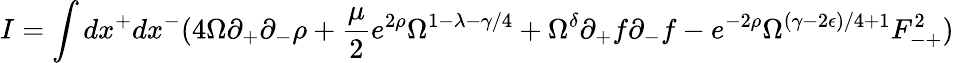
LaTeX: I=\int dx^{+}dx^{-}(4\Omega\partial_{+}\partial_{-}\rho+\frac{\mu}{2}e^{2\rho}\Omega^{1-\lambda-\gamma/4}+\Omega^{\delta}\partial_{+}f\partial_{-}f-e^{-2\rho}\Omega^{(\gamma-2\epsilon)/4+1}F_{-+}^{2})